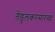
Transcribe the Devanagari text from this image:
तेंडुलकरसारखा